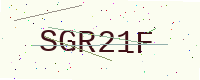
Text: SGR21F